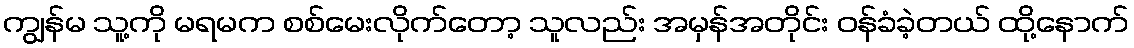
ကျွန်မ သူ့ကို မရမက စစ်မေးလိုက်တော့ သူလည်း အမှန်အတိုင်း ဝန်ခံခဲ့တယ် ထို့နောက်